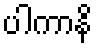
ပါကာနိ